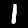
Label: 1